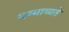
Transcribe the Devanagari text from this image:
सम्भाव्यते